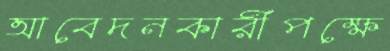
আবেদনকারীপক্ষে